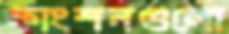
ফাংশনগুলো